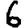
Digit: 6